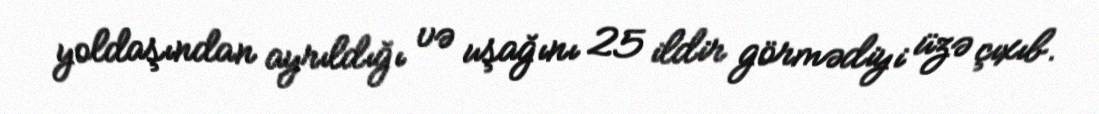
yoldaşından ayrıldığı və uşağını 25 ildir görmədiyi üzə çıxıb.